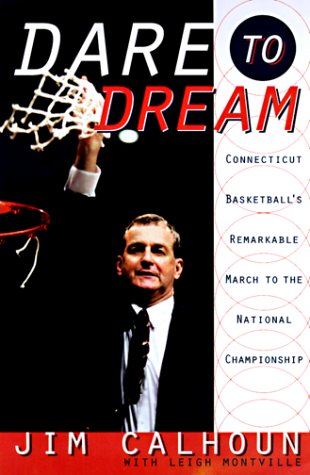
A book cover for Dare to Dream: Connecticut Basketball's Remarkable March to the National Championship; Jim Calhoun; Sports & Outdoors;